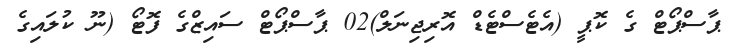
ޕާސްޕޯޓް ގެ ކޮޕީ (އެޓެސްޓެޑް އޮރިޖިނަލް)02 ޕާސްޕޯޓް ސައިޒްގެ ފޮޓޯ (ނޫ ކުލައިގެ